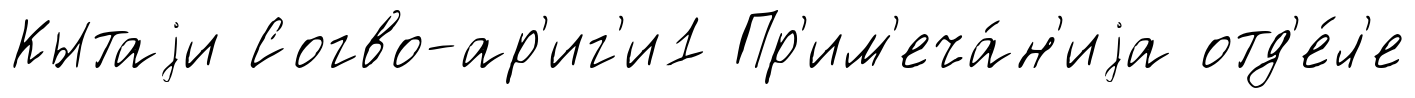
Кытаjи Согво-ар'иг'и1 Пр'им'еча́н'иjа отд'е́л'е